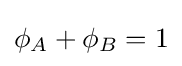
\phi _{A}+\phi _{B}=1